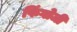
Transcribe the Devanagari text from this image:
फिंगोजी